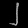
Digit: ၂